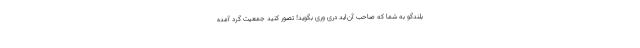
بلندگو به شما که صاحب آن‌اید دری وری بگوید! تصور کنید جمعیت گرد آمده